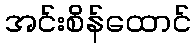
အင်းစိန်ထောင်